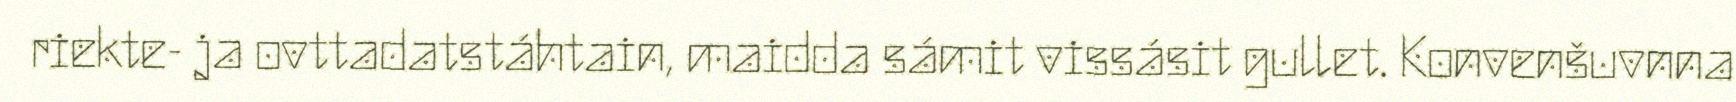
riekte- ja ovttadatstáhtain, maidda sámit vissásit gullet. Konvenšuvnna